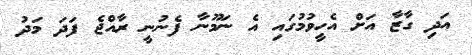
އަދި ގާޒާ އަށް އެހީވުމުގައި އެ ނަމޫނާ ފެނުނީ ރާއްޖެ ފަދަ މަދު